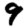
Digit: 9